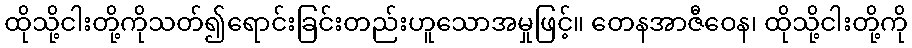
ထိုသို့ငါးတို့ကိုသတ်၍ရောင်းခြင်းတည်းဟူသောအမှုဖြင့်။ တေနအာဇီဝေန၊ ထိုသို့ငါးတို့ကို